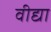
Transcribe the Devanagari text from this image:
वीद्या